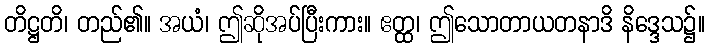
တိဋ္ဌတိ၊ တည်၏။ အယံ၊ ဤဆိုအပ်ပြီးကား။ ဧတ္ထ၊ ဤသောတာယတနာဒိ နိဒ္ဒေသ၌။